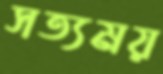
সত্যময়